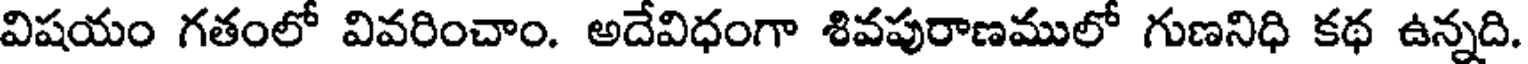
విషయం గతంలో వివరించాం. అదేవిధంగా శివపురాణములో గుణనిధి కథ ఉన్నది.